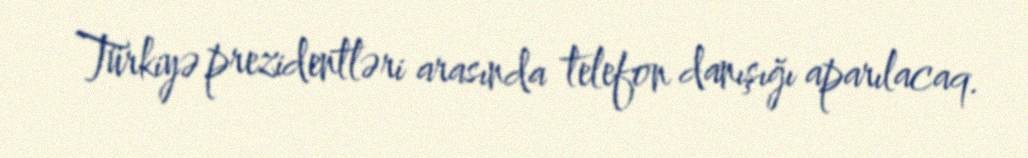
Türkiyə prezidentləri arasında telefon danışığı aparılacaq.